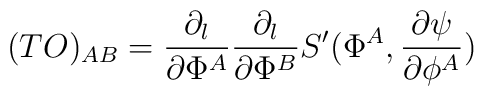
(T{\sl O})_{AB} = {\partial_l \over \partial \Phi^A}{\partial_l \over \partial \Phi^B} S^{\prime} (\Phi^A, {\partial \psi\over \partial \phi^A} )